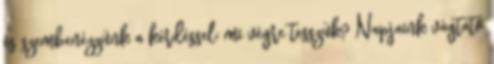
és szembenézzünk a kérdéssel: mi végre tesszük? Napjaink vágtató